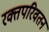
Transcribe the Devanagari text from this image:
रक्तपरिवतन